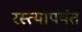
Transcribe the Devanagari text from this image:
रस्त्यापर्यंत